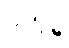
ဝိသုဒ္ဓိ